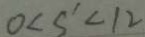
0 < s ^ { \prime } < 1 2